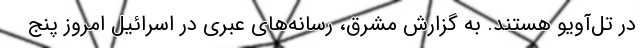
در تل‌آویو هستند. به گزارش مشرق، رسانه‌های عبری در اسرائیل امروز پنج